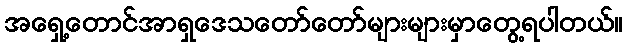
အရှေ့တောင်အာရှဒေသတော်တော်များများမှာတွေ့ရပါတယ်။